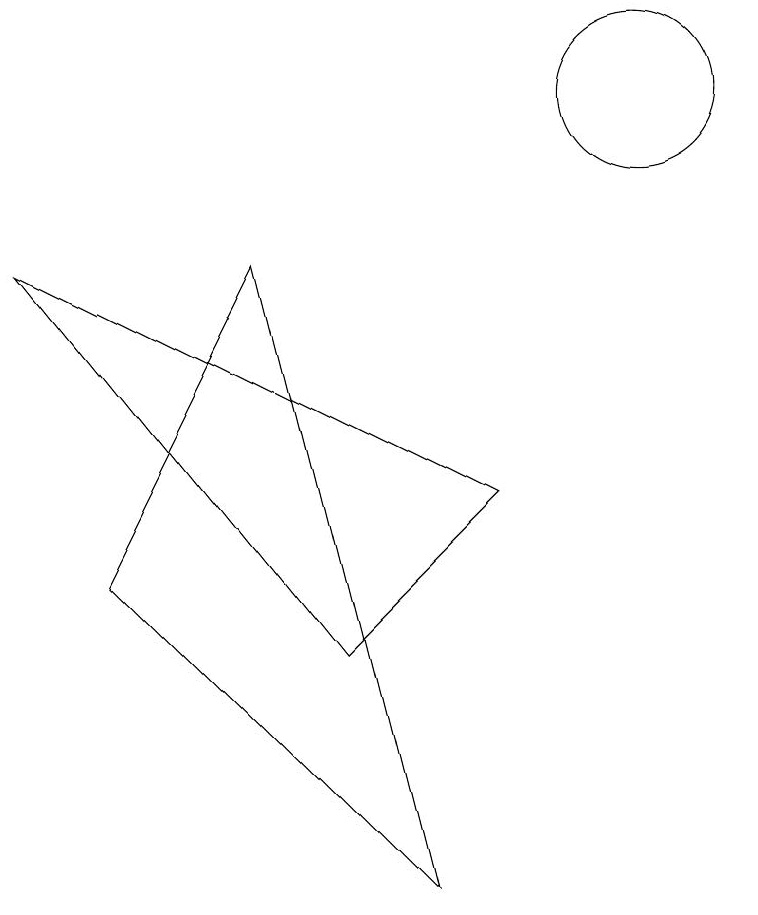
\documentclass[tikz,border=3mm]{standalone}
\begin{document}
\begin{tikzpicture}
\draw (11,11) circle (1);
\draw (8,1) -- (6,9) -- (4,5) -- cycle;
\draw (7,4) -- (9,6) -- (3,9) -- cycle;
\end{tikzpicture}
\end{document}